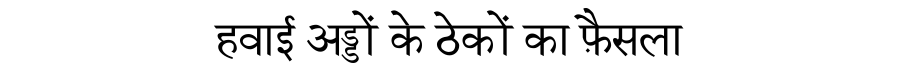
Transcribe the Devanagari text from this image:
हवाई अड्डों के ठेकों का फ़ैसला